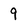
Character: 9